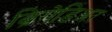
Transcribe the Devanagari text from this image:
ब्रिगेडिअर